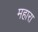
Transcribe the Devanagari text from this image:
महारा